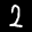
Label: 2